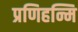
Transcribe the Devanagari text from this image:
प्रणिहन्मि